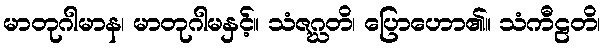
မာတုဂါမာန၊ မာတုဂါမနှင့်။ သံဇဂ္ဃတိ၊ ပြောဟော၏။ သံကီဠတိ၊